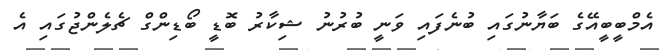
އެމްބީބީއޭގެ ބަޔާނުގައި ބުނެފައި ވަނީ ބުރުނު ޝިކާރު ބޮޑީ ބޯޑިންގް ޗެލެންޖުގައި އެ